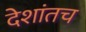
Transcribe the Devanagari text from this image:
देशांतच